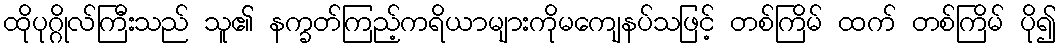
ထိုပုဂ္ဂိုလ်ကြီးသည် သူ၏ နက္ခတ်ကြည့်ကရိယာများကိုမကျေနပ်သဖြင့် တစ်ကြိမ် ထက် တစ်ကြိမ် ပို၍